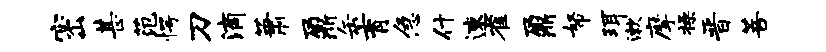
密甚范愕刀滴萧鼐缶育急什速雀鼐帑珥漱摩操晋菩